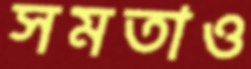
সমতাও